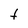
Character: t